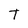
Character: T